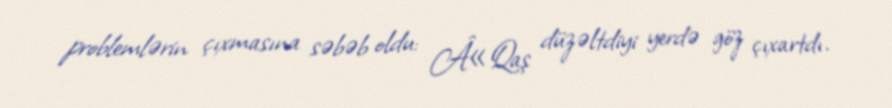
problemlərin çıxmasına səbəb oldu: Â«Qaş düzəltdiyi yerdə göz çıxartdı.